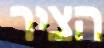
הציר